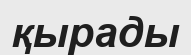
қырады